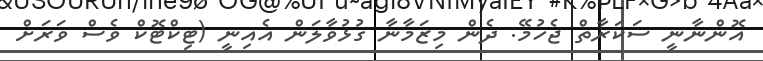
އޮންނާނީ ސަކަރާތް ޖެހުމޭ. ދެން މިޒަމާނާ ގުޅުވާލަން އެއިނީ (ޓިކްޓޮކް ވެސް ވަރަށް